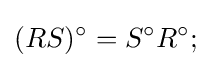
(RS)^{\circ }=S^{\circ }R^{\circ }{\text{;}}